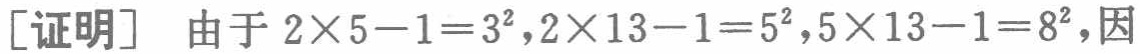
[证明] 由于 \(2\times5 - 1 = 3^{2},2\times13 - 1 = 5^{2},5\times13 - 1 = 8^{2},\)